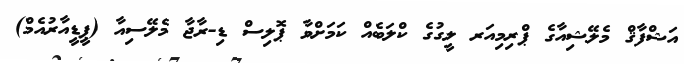
އަޝްފާޤް މެލޭޝިއާގެ ޕްރިމިއަރ ލީގުގެ ކްލަބެއް ކަމަށްވާ ޕޮލިސް ޑި-ރާޖާ މެލޭސިއާ (ޕީޑީއާރުއެމް)